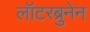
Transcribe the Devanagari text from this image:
लॉटरब्रुनेन